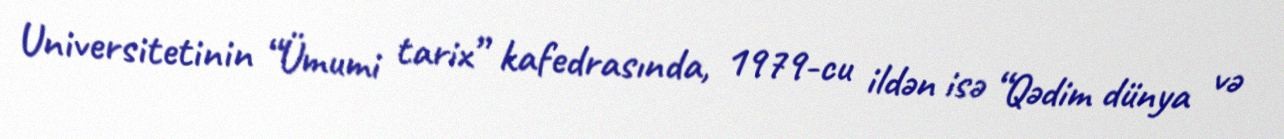
Universitetinin “Ümumi tarix” kafedrasında, 1979-cu ildən isə “Qədim dünya və